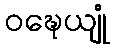
ဝဍ္ဎေယျုံ